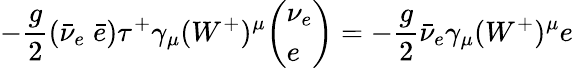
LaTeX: -{\frac{g}{2}}({\bar{\nu}}_{e}\; {\bar{e}})\tau^{+}\gamma_{\mu}(W^{+})^{\mu}{\left(\begin{array}{l}{{\nu_{e}}}\\ {e}\end{array}\right)}=-{\frac{g}{2}}{\bar{\nu}}_{e}\gamma_{\mu}(W^{+})^{\mu}e